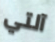
آلتي